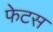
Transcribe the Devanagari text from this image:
फेटस